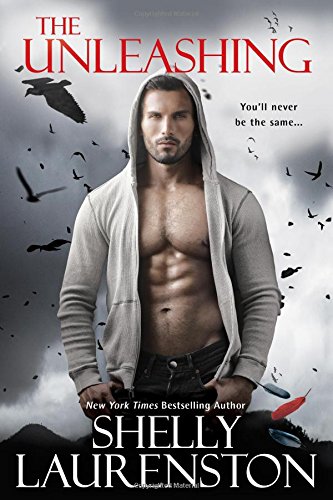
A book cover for The Unleashing (Call Of Crows); Shelly Laurenston; Literature & Fiction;